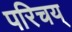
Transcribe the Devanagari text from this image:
परिचय्